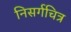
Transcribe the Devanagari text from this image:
निसर्गचित्र